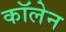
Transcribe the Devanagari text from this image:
कॉलेन